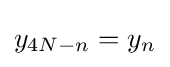
y_{4N-n}=y_{n}